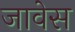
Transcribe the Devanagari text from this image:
जावेस